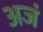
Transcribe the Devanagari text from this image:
अजं